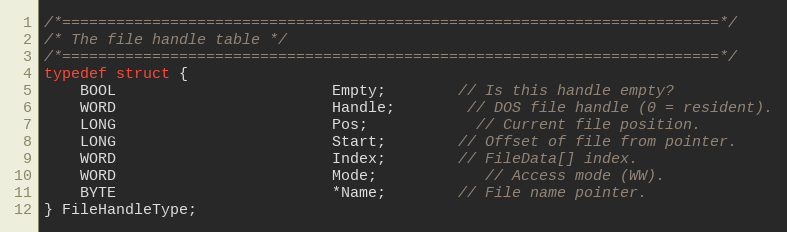
Language: C
/*=========================================================================*/
/* The file handle table */
/*=========================================================================*/
typedef struct {
	BOOL						Empty;		// Is this handle empty?
	WORD						Handle;		// DOS file handle (0 = resident).
	LONG						Pos;			// Current file position.
	LONG						Start;		// Offset of file from pointer.
	WORD						Index;		// FileData[] index.
	WORD						Mode;			// Access mode (WW).
	BYTE						*Name;		// File name pointer.
} FileHandleType;